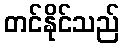
တင်နိုင်သည်